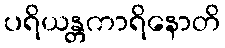
ပရိယန္တကာရိနောတိ